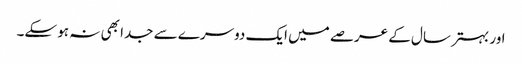
اور بہتر سال کے عرصے میں ایک دوسرے سے جدا بھی نہ ہو سکے۔